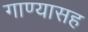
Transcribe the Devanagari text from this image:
गाण्यासह